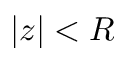
| z | < R